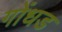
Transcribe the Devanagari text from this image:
गोंधड